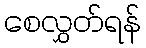
စေလွှတ်ရန်